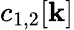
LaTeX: c_{1,2}[\mathbf{k}]